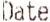
DATE